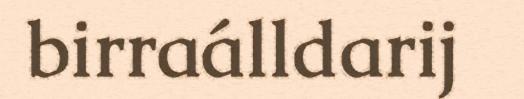
birraálldarij